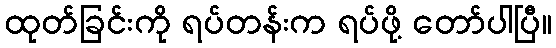
ထုတ်ခြင်းကို ရပ်တန်းက ရပ်ဖို့ တော်ပါပြီ။